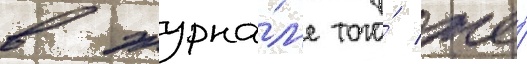
в журна́л'е того́ же́